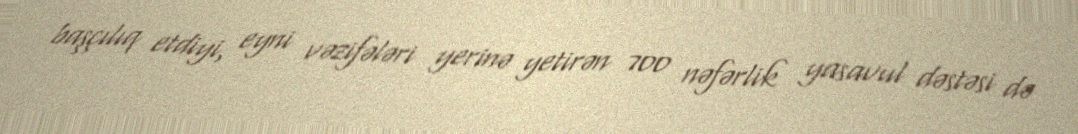
başçılıq etdiyi, eyni vəzifələri yerinə yetirən 700 nəfərlik yasavul dəstəsi də